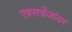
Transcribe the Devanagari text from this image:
एक्सचेंजांवर